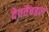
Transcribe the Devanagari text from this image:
देवतेबद्दल